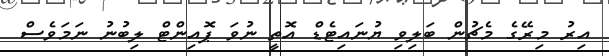
އިރު މިރޭގެ މެޗުން ބަލިވި ޔުނައިޓެޑް އޮތީ ނުވަ ޕޮއިންޓް ލިބުނު ނަމަވެސް